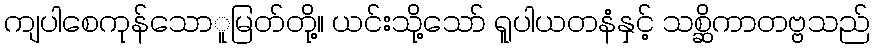
ကျပါစေကုန်သောူမြတ်တို့။ ယင်းသို့သော် ရူပါယတနံနှင့် သစ္ဆိကာတဗ္ဗသည်